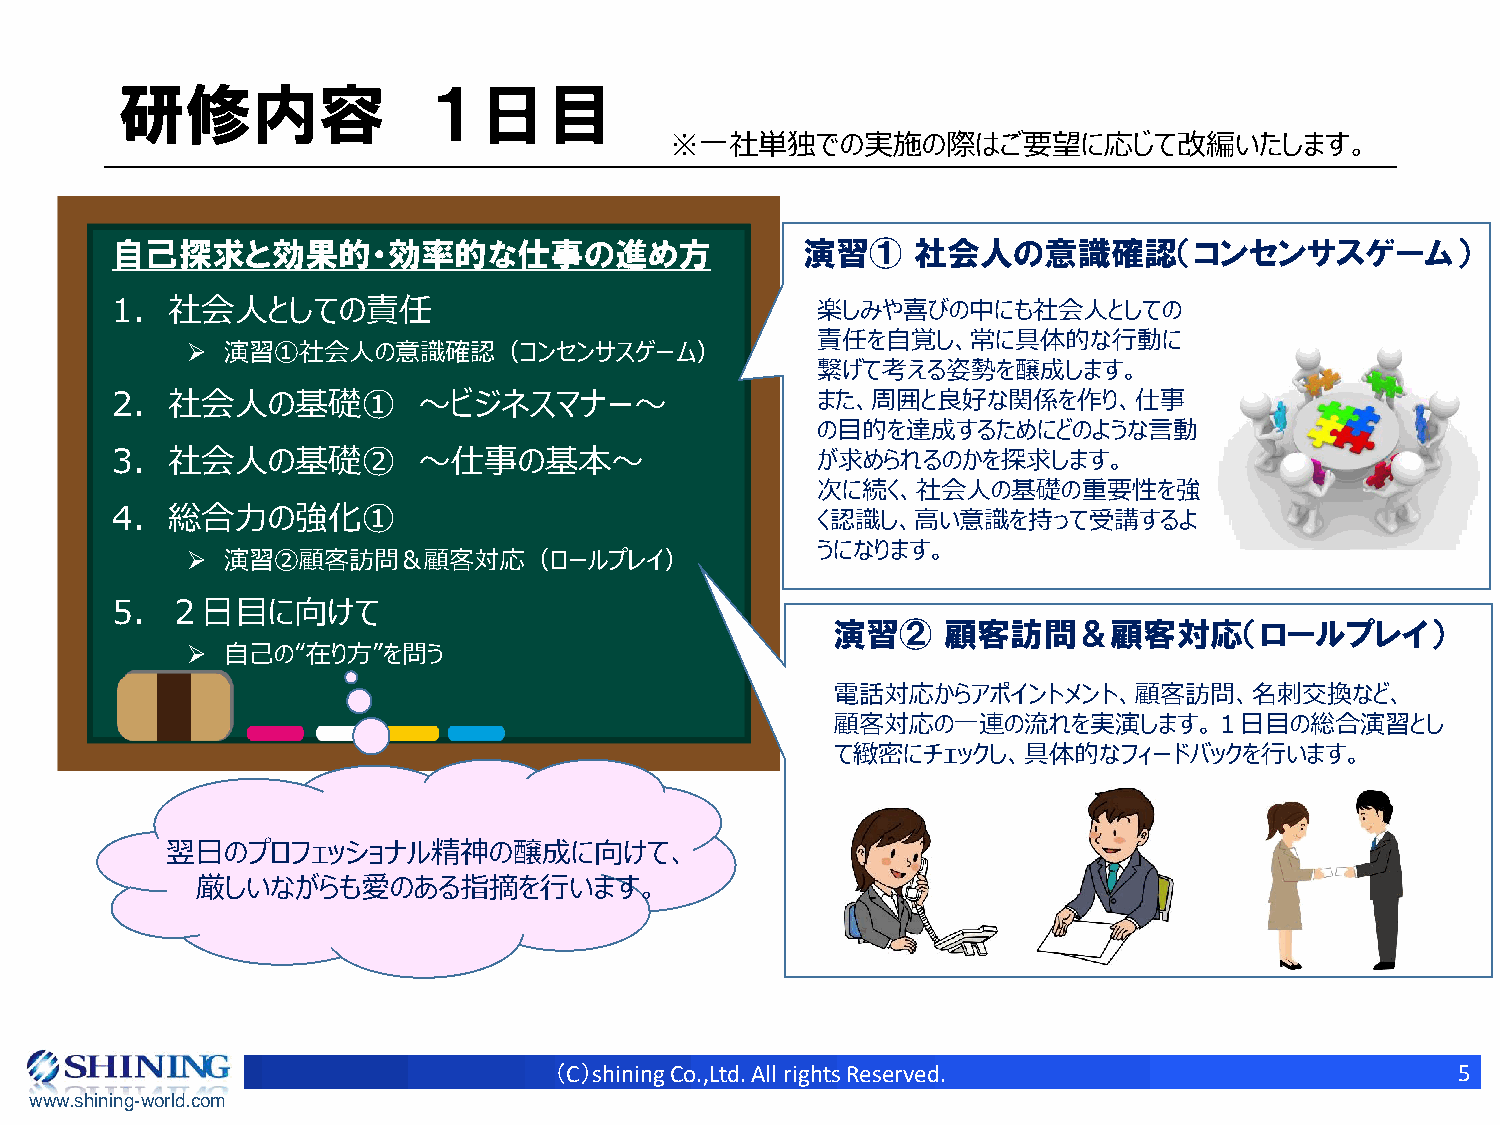
研修内容                １日目
 ※一社単独での実施の際はご要望に応じて改編いたします。
 自己探求と効果的・効率的な仕事の進め方                           演習①    社会人の意識確認（コンセンサスゲーム）
 1.  社会人としての責任                                  楽しみや喜びの中にも社会人としての
 責任を自覚し、常に具体的な行動に
 ➢  演習①社会人の意識確認（コンセンサスゲーム）
 繋げて考える姿勢を醸成します。
 2.  社会人の基礎①          ～ビジネスマナー～                 また、周囲と良好な関係を作り、仕事
 の目的を達成するためにどのような言動
 3.  社会人の基礎②          ～仕事の基本～                   が求められるのかを探求します。
 次に続く、社会人の基礎の重要性を強
 4.  総合力の強化①
 く認識し、高い意識を持って受講するよ
 うになります。
 ➢  演習②顧客訪問＆顧客対応（ロールプレイ）
 5.  ２日目に向けて
 演習②    顧客訪問＆顧客対応（ロールプレイ）
 ➢  自己の“在り方”を問う
 電話対応からアポイントメント、顧客訪問、名刺交換など、
 顧客対応の一連の流れを実演します。１日目の総合演習とし
 て緻密にチェックし、具体的なフィードバックを行います。
 翌日のプロフェッショナル精神の醸成に向けて、
 厳しいながらも愛のある指摘を行います。
 （C）shining Co.,Ltd. All rights Reserved.                    5
 www.shining-world.com